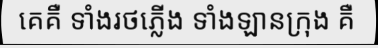
គេគឺ ទាំងរថភ្លើង ទាំងឡានក្រុង គឺ